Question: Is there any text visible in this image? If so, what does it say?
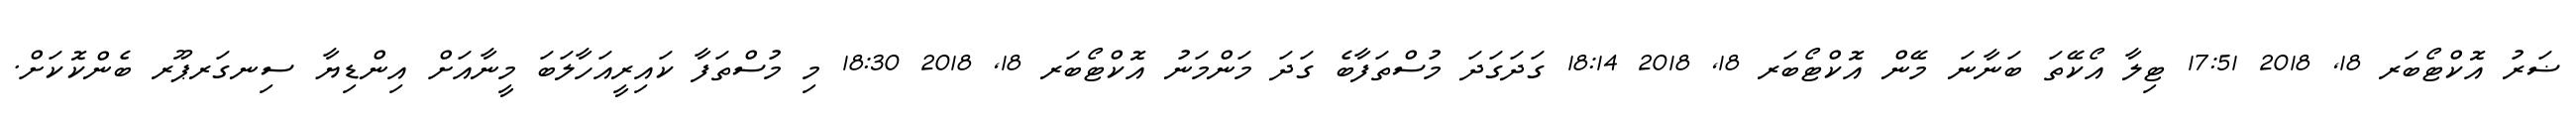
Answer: ޟަރު އޮކްޓޯބަރ 18, 2018 17:51 ޓިލާ އޯކޭތަ ބަނާނަ މޭން އޮކްޓޯބަރ 18, 2018 18:14 ގަދަގަދަ މުސްތަފާބެ ގަދަ މަންމަނު އޮކްޓޯބަރ 18, 2018 18:30 މި މުސްތަފާ ކައިރީއަހާލަބަ މީނާއަށް އިންޑިޔާ ސިނގަރޕޫރ ބެންކޮކަށް.